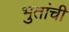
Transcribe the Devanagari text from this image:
भुतांची